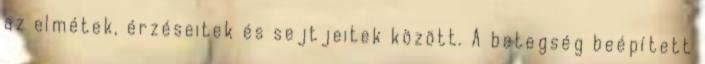
az elmétek, érzéseitek és sejtjeitek között. A betegség beépített